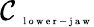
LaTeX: \mathcal{C}_{\mathrm{~\tiny~l~o~w~e~r~-~j~a~w~}}